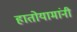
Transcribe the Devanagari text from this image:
हातोयामांनी